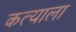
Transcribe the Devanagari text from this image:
कत्याला